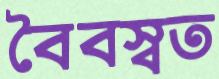
বৈবস্বত